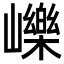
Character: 𡾒